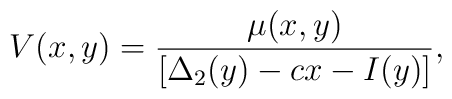
V(x,y)= \frac{\mu (x,y)}{[\Delta_2 (y)-cx- I(y)] },